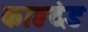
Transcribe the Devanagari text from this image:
काष्ठदंड